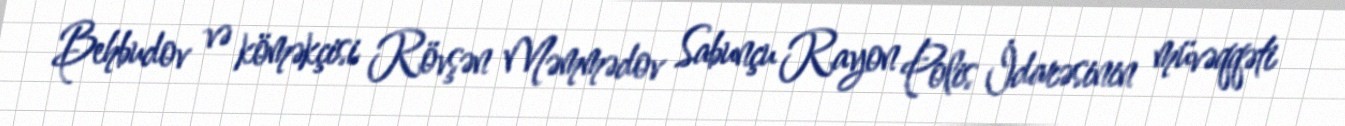
Behbudov və köməkçisi Rövşən Məmmədov Sabunçu Rayon Polis İdarəsinin müvəqqəti